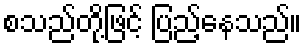
စသည်တို့ဖြင့် ပြည့်နေသည်။